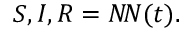
S , I , R = N \! N ( t ) .